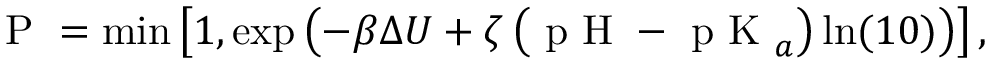
\mathrm { ~ P ~ } = \operatorname* { m i n } \left[ 1 , \exp \left( - \beta \Delta U + \zeta \left( \mathrm { ~ p ~ H ~ } - \mathrm { ~ p ~ K ~ } _ { a } \right) \ln ( 1 0 ) \right) \right] ,